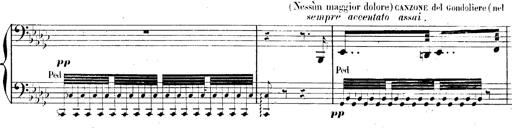
Title: AnnÃ©es de pÃ¨lerinage II, SupplÃ©ment
Composer: Franz Liszt